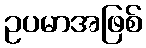
ဥပမာအဖြစ်